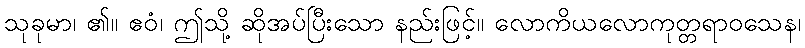
သုခုမာ၊ ၏။ ဧဝံ၊ ဤသို့ ဆိုအပ်ပြီးသော နည်းဖြင့်။ လောကိယလောကုတ္တရာဝသေန၊